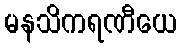
မနသိကရဏီယေ